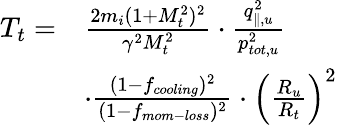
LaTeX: \begin{array}{rl}{T_{t}=}&{\frac{2m_{i}(1+M_{t}^{2})^{2}}{\gamma^{2}M_{t}^{2}}\cdot\frac{q_{\parallel,u}^{2}}{p_{tot,u}^{2}}}\\ &{\cdot\frac{(1-f_{cooling})^{2}}{(1-f_{mom-loss})^{2}}\cdot\left(\frac{R_{u}}{R_{t}}\right)^{2}}\end{array}